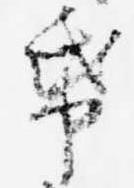
紙